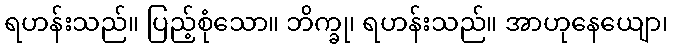
ရဟန်းသည်။ ပြည့်စုံသော။ ဘိက္ခု၊ ရဟန်းသည်။ အာဟုနေယျော၊